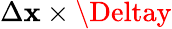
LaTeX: \Delta\mathbf{x}\times\Deltay